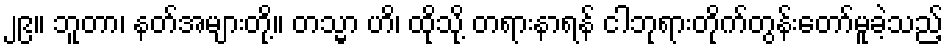
၂၉။ ဘူတာ၊ နတ်အများတို့။ တသ္မာ ဟိ၊ ထိုသို့ တရားနာရန် ငါဘုရားတိုက်တွန်းတော်မူခဲ့သည့်